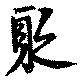
聚